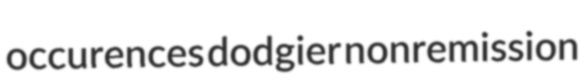
occurences dodgier nonremission